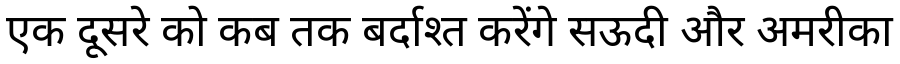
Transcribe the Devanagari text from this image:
एक दूसरे को कब तक बर्दाश्त करेंगे सऊदी और अमरीका